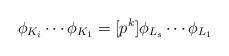
LaTeX: \begin{align*}\phi_{K_i} \cdots \phi_{K_1} = [p^k]\phi_{L_s} \cdots \phi_{L_1}\end{align*}